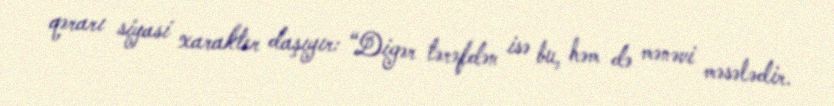
qərarı siyasi xarakter daşıyır: “Digər tərəfdən isə bu, həm də mənəvi məsələdir.